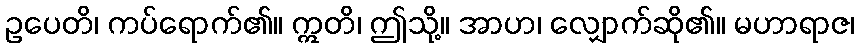
ဥပေတိ၊ ကပ်ရောက်၏။ ဣတိ၊ ဤသို့။ အာဟ၊ လျှောက်ဆို၏။ မဟာရာဇ၊